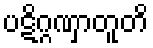
ပဋိဂ္ဂဏှာတူတိ